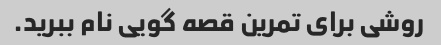
روشی برای تمرین قصه گویی نام ببرید.